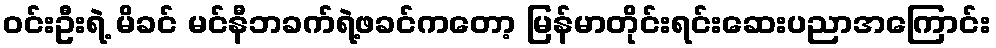
ဝင်းဦးရဲ့ မိခင် မင်နီဘခက်ရဲ့ဖခင်ကတော့ မြန်မာတိုင်းရင်းဆေးပညာအကြောင်း